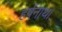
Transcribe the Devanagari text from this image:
हर्षनाथ।